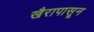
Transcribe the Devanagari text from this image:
खैरापासून